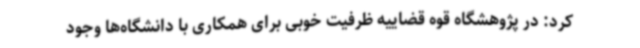
کرد: در پژوهشگاه قوه قضاییه ظرفیت خوبی برای همکاری با دانشگاه‌ها وجود